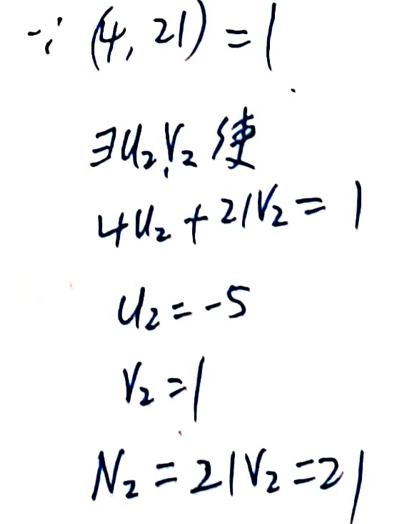
$\because (4,21)=1$\\
$\exists u_2,v_2 $使\\
4u_2 + 21$v_2=1$\\
$u_2=- 5$\\
$v_2=1$\\
$N_2=21v_2 = 21$